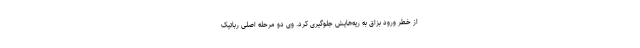
از خطر ورود بزاق به ریه‌هایش جلوگیری کرد. وی دو مرحله اصلی رباتیک